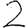
Digit: 2